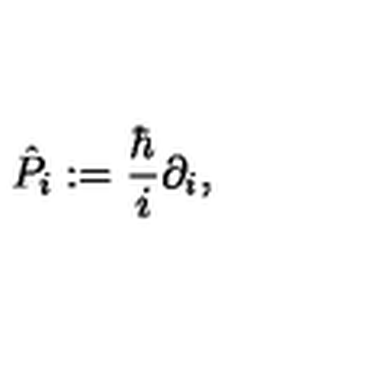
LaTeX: \hat { P } _ { i } : = { \frac { \hbar } { i } } \partial _ { i } ,